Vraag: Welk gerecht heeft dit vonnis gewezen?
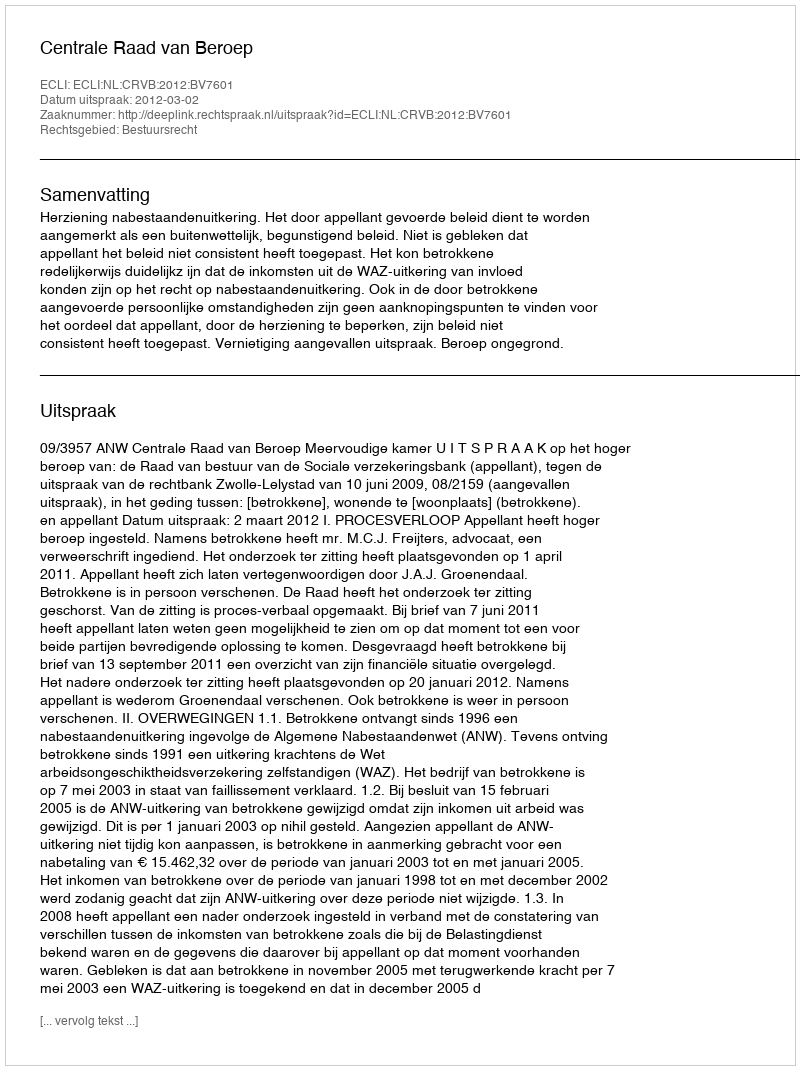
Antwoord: Centrale Raad van Beroep